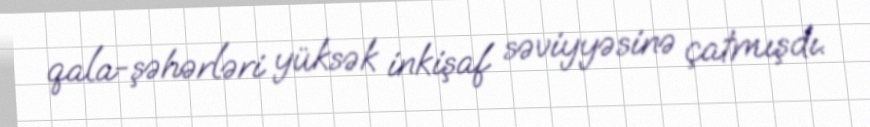
qala-şəhərləri yüksək inkişaf səviyyəsinə çatmışdı.